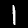
Digit: 1